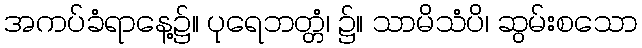
အကပ်ခံရာနေ့၌။ ပုရေဘတ္တံ၊ ၌။ သာမိသံပိ၊ ဆွမ်းစသော